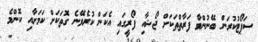
ސަޕޯޓުކުރަން ބޭނުންވާ ފަރާތްތަކަށް ޖޯޝާއި ފޯރީގައި އެކަން ކުރެވޭނެ ގޮތަކަށް ކަމަށާއި ކޮންމެ